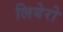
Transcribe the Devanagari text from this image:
लिबेरो